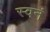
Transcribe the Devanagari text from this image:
स्वनं